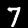
Label: 7